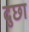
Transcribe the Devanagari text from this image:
दुछा